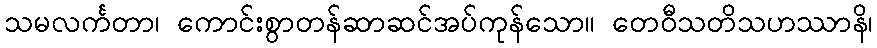
သမလင်္ကတာ၊ ကောင်းစွာတန်ဆာဆင်အပ်ကုန်သော။ တေဝီသတိသဟဿာနိ၊